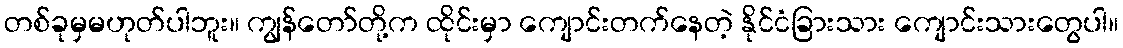
တစ်ခုမှမဟုတ်ပါဘူး။ ကျွန်တော်တို့က ထိုင်းမှာ ကျောင်းတက်နေတဲ့ နိုင်ငံခြားသား ကျောင်းသားတွေပါ။